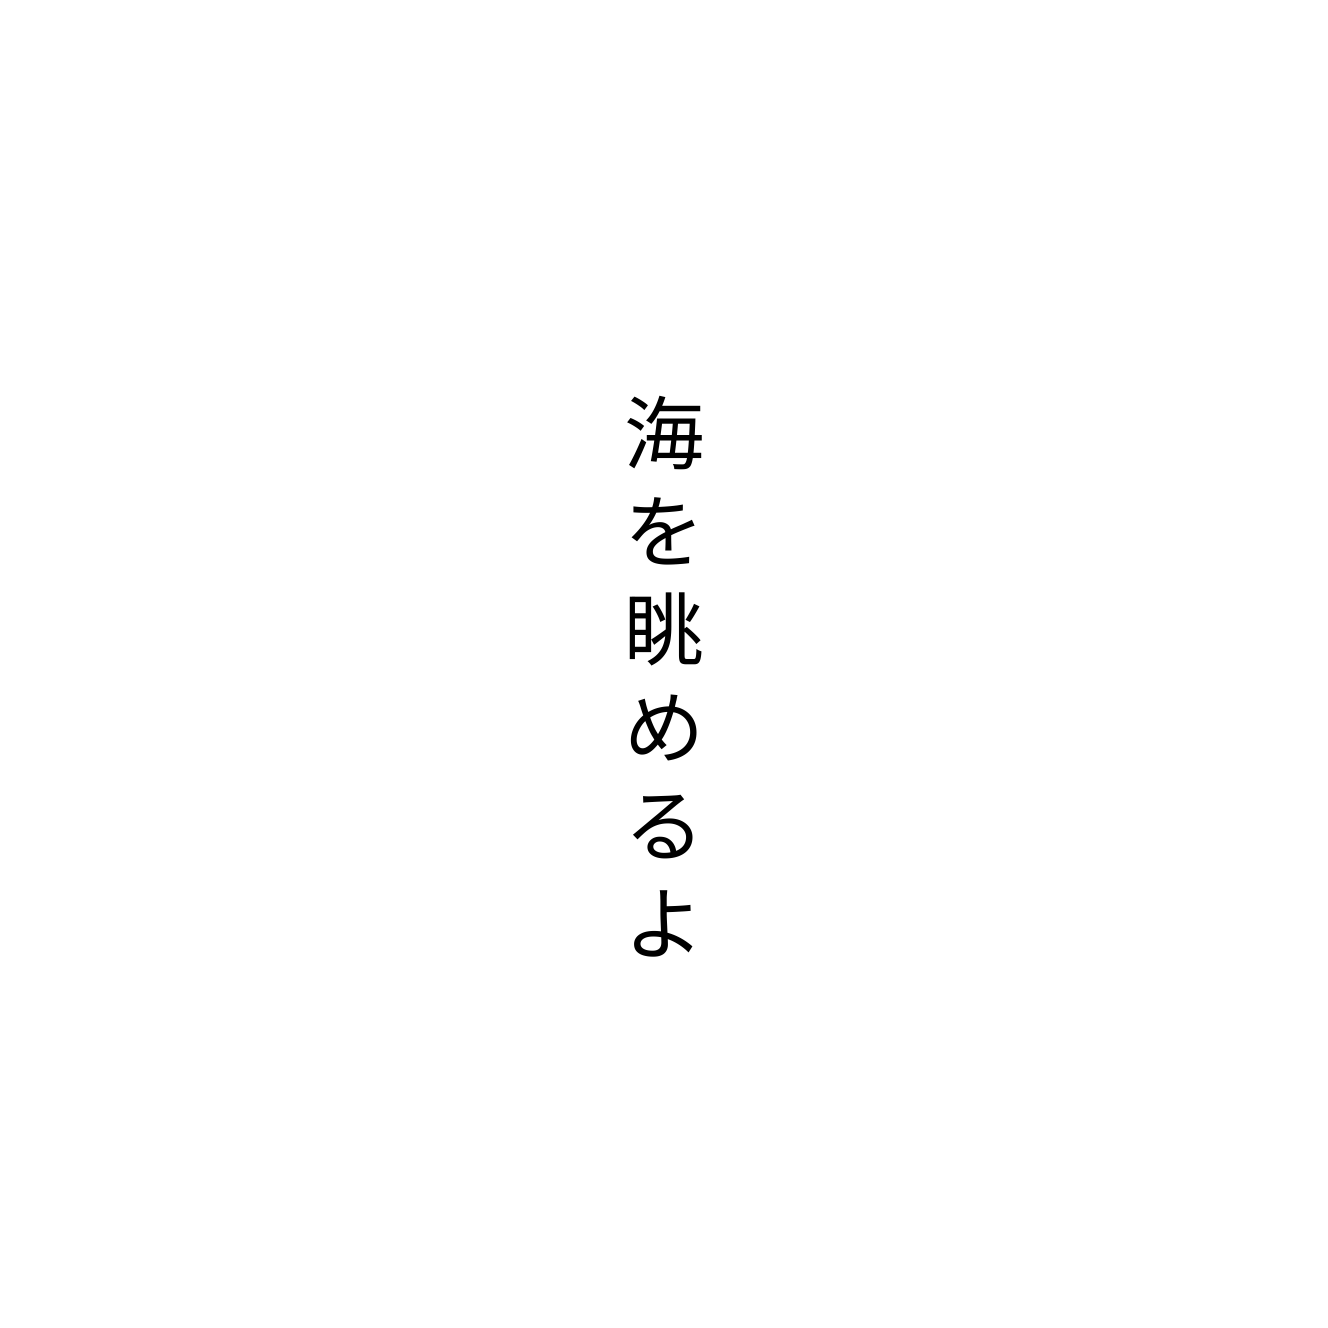
海を眺めるよ